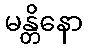
မန္တိနော